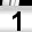
Digit: 1